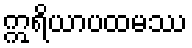
ဣရိယာပထမဿ